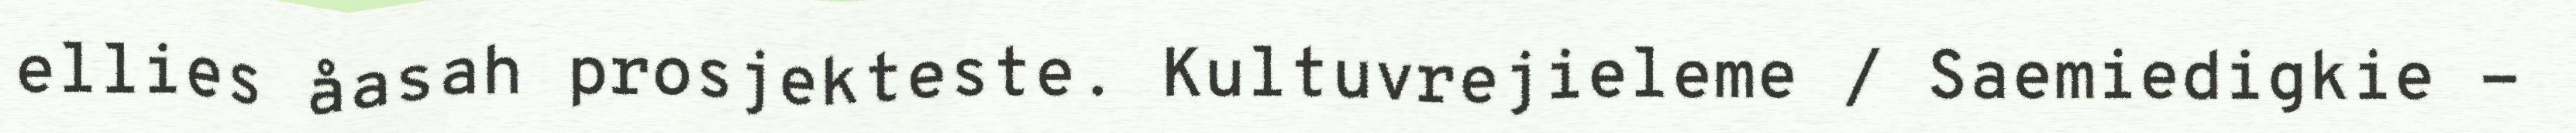
ellies åasah prosjekteste. Kultuvrejieleme / Saemiedigkie -